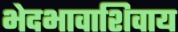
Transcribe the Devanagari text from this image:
भेदभावाशिवाय